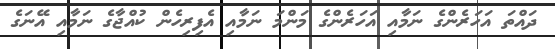
ދައްތަ އަހަރެންގެ ނަމާއި އަހަރެންގެ މަންމަ ނަމާއި އެފިރިހެން ކުއްޖާގެ ނަމާއި އޭނަގެ